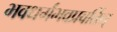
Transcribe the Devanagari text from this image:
भवधर्मभवप्रवर्तिन्